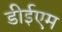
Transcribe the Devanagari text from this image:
डीईएम